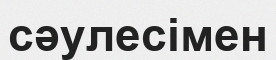
сәулесімен